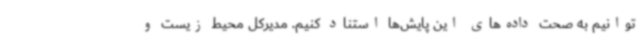
توانیم به صحت داده‌های این پایش‌ها استناد کنیم. مدیرکل محیط زیست و